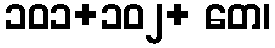
၁၀၁+၁၀၂+ တေ၊